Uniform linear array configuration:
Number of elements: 8
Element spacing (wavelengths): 0.25
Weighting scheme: exponential
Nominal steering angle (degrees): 0
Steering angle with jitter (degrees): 1.17
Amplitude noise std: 0.05
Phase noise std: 0.05

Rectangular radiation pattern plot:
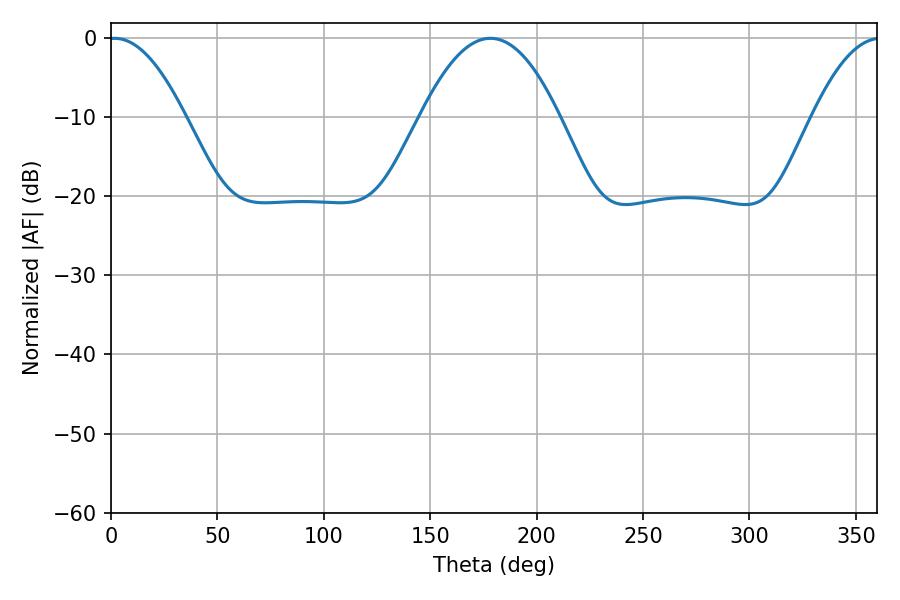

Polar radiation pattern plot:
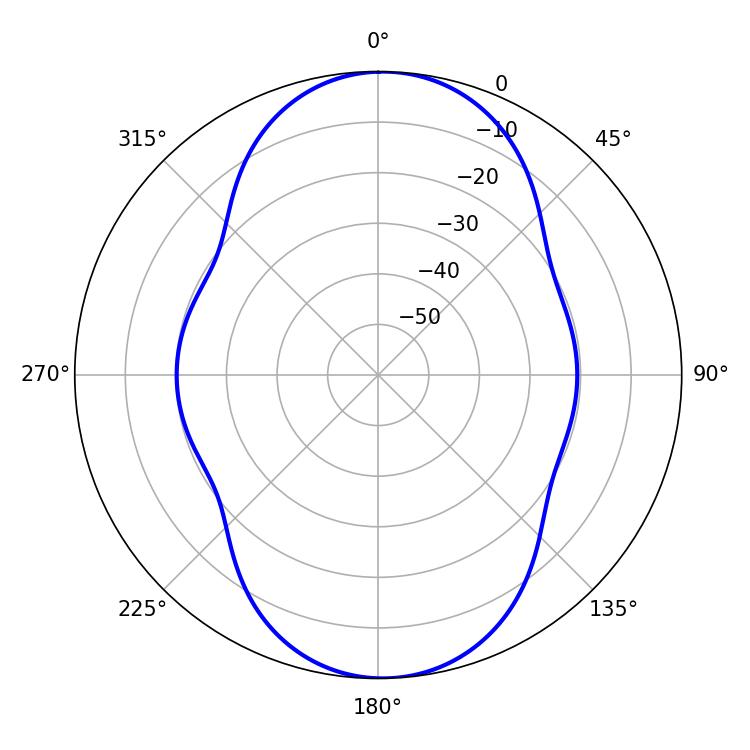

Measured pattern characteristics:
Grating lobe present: FALSE
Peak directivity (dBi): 16.557
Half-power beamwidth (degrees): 19.62
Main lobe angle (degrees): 1.62